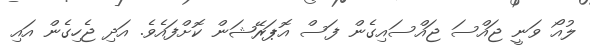
ލުއޯ ވަނީ ޖައްސަ ޖައްސައިގެން ފަސް އޮޕަރޭޝަން ކޮށްފައެވެ. އަދި ޖެހިގެން އައި